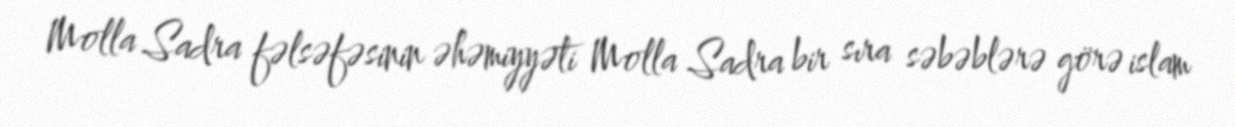
Molla Sadra fəlsəfəsinin əhəmiyyəti Molla Sadra bir sıra səbəblərə görə islam